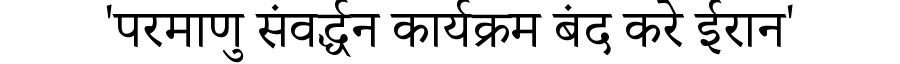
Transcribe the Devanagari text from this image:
'परमाणु संवर्द्धन कार्यक्रम बंद करे ईरान'